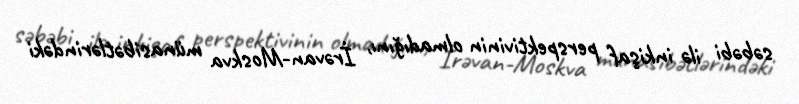
səbəbi ilə inkişaf perspektivinin olmadığını, İrəvan-Moskva münasibətlərindəki